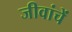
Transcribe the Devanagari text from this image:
जीवांचें